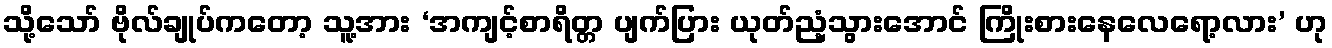
သို့သော် ဗိုလ်ချုပ်ကတော့ သူ့အား ‘အကျင့်စာရိတ္တ ပျက်ပြား ယုတ်ညံ့သွားအောင် ကြိုးစားနေလေရော့လား’ ဟု